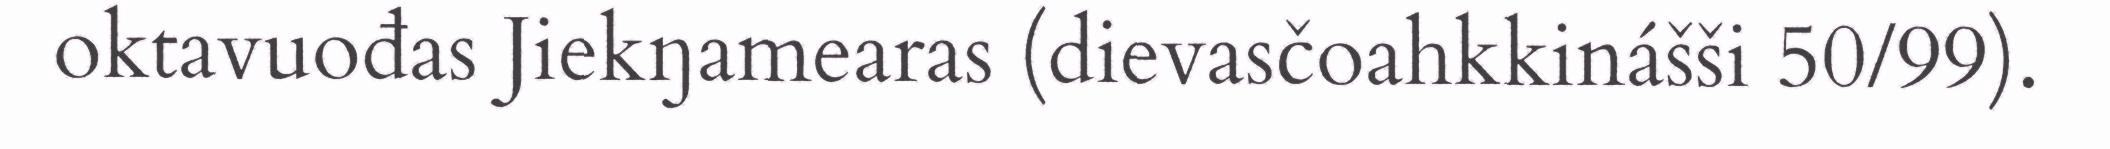
oktavuođas Jiekŋamearas (dievasčoahkkinášši 50/99).